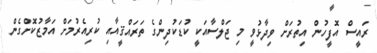
ރައީސް އޮޮފީހުން އިތުރަށް ވިދާޅުވީ މި ޖަލްސާއަކީ ކުޑަކުދިންގެ ތަރައްޤީއާއި ކުރިއެރުމަށް އަމާޒުކޮށްގެން